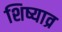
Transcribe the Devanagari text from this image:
शिष्याव्र